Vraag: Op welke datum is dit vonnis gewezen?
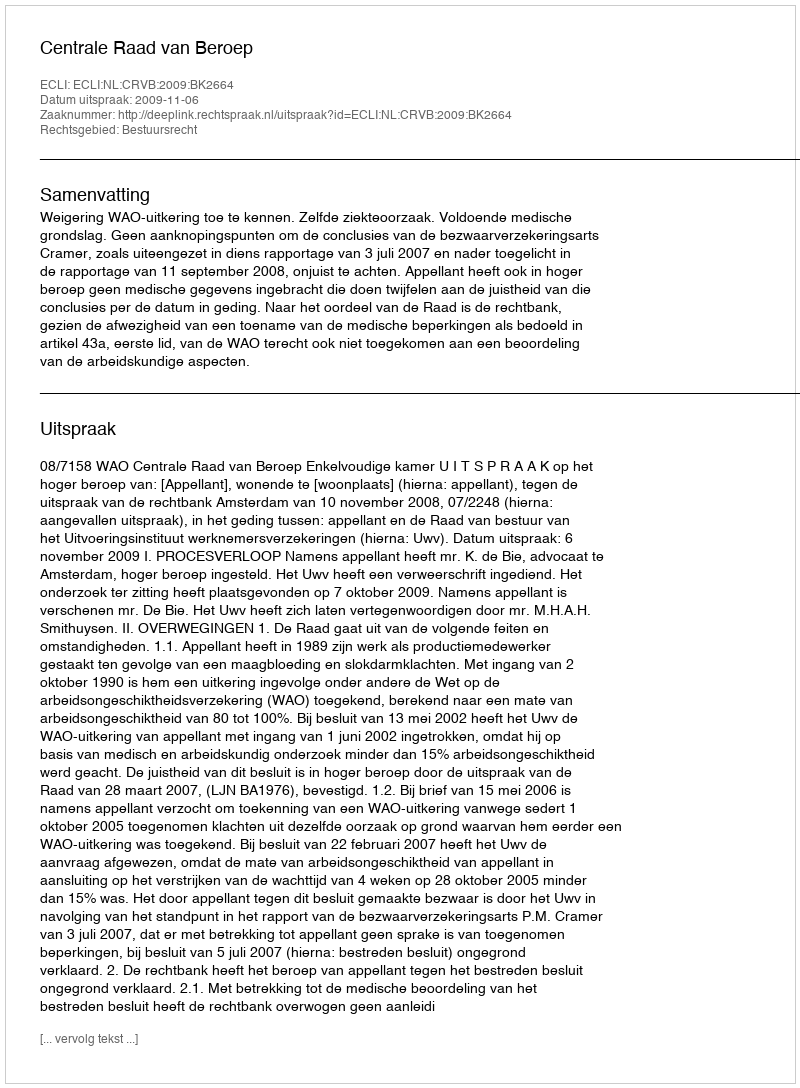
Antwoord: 2009-11-06